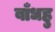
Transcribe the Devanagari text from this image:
बाँधहु